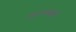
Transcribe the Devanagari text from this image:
अरुणदत्त